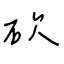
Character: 砍